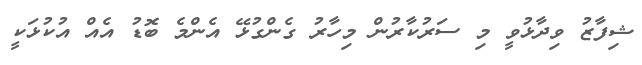
ޝިފާޒު ވިދާޅުވީ މި ސަރުކާރުން މިހާރު ގެންގުޅޭ އެންމެ ބޮޑު އެއް އުކުޅަކީ